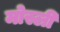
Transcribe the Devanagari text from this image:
मोस्ली